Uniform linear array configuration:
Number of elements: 32
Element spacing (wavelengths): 0.75
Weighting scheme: uniform
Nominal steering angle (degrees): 15
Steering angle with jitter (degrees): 16.324
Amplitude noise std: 0.05
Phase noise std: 0.05

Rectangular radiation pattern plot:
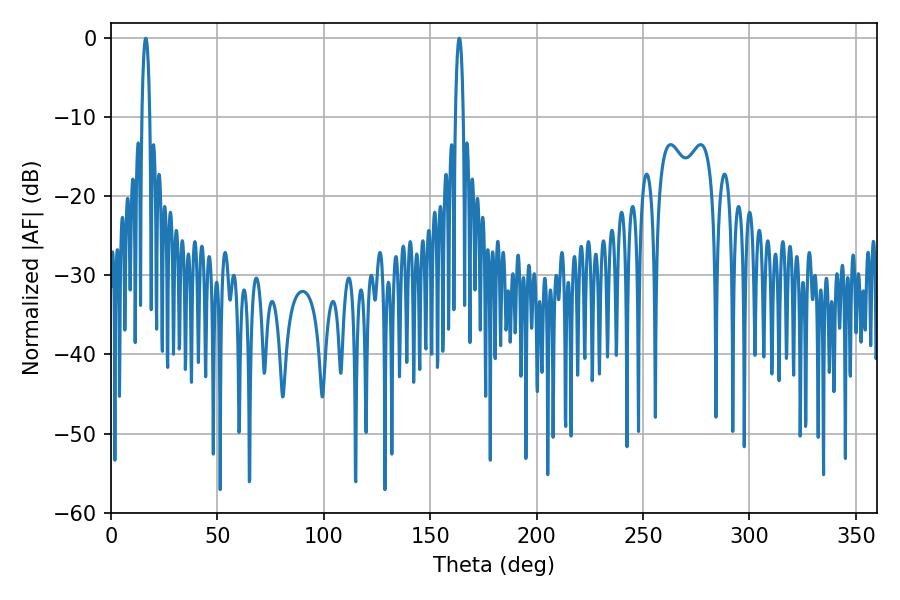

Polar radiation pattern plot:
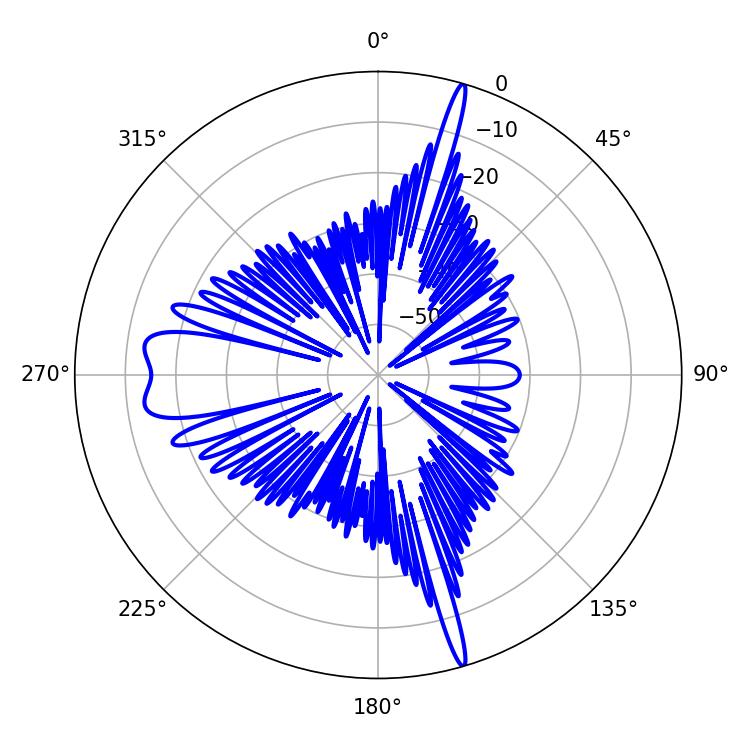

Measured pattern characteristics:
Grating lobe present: TRUE
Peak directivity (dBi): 25.662
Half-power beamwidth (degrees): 1.98
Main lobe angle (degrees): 16.38